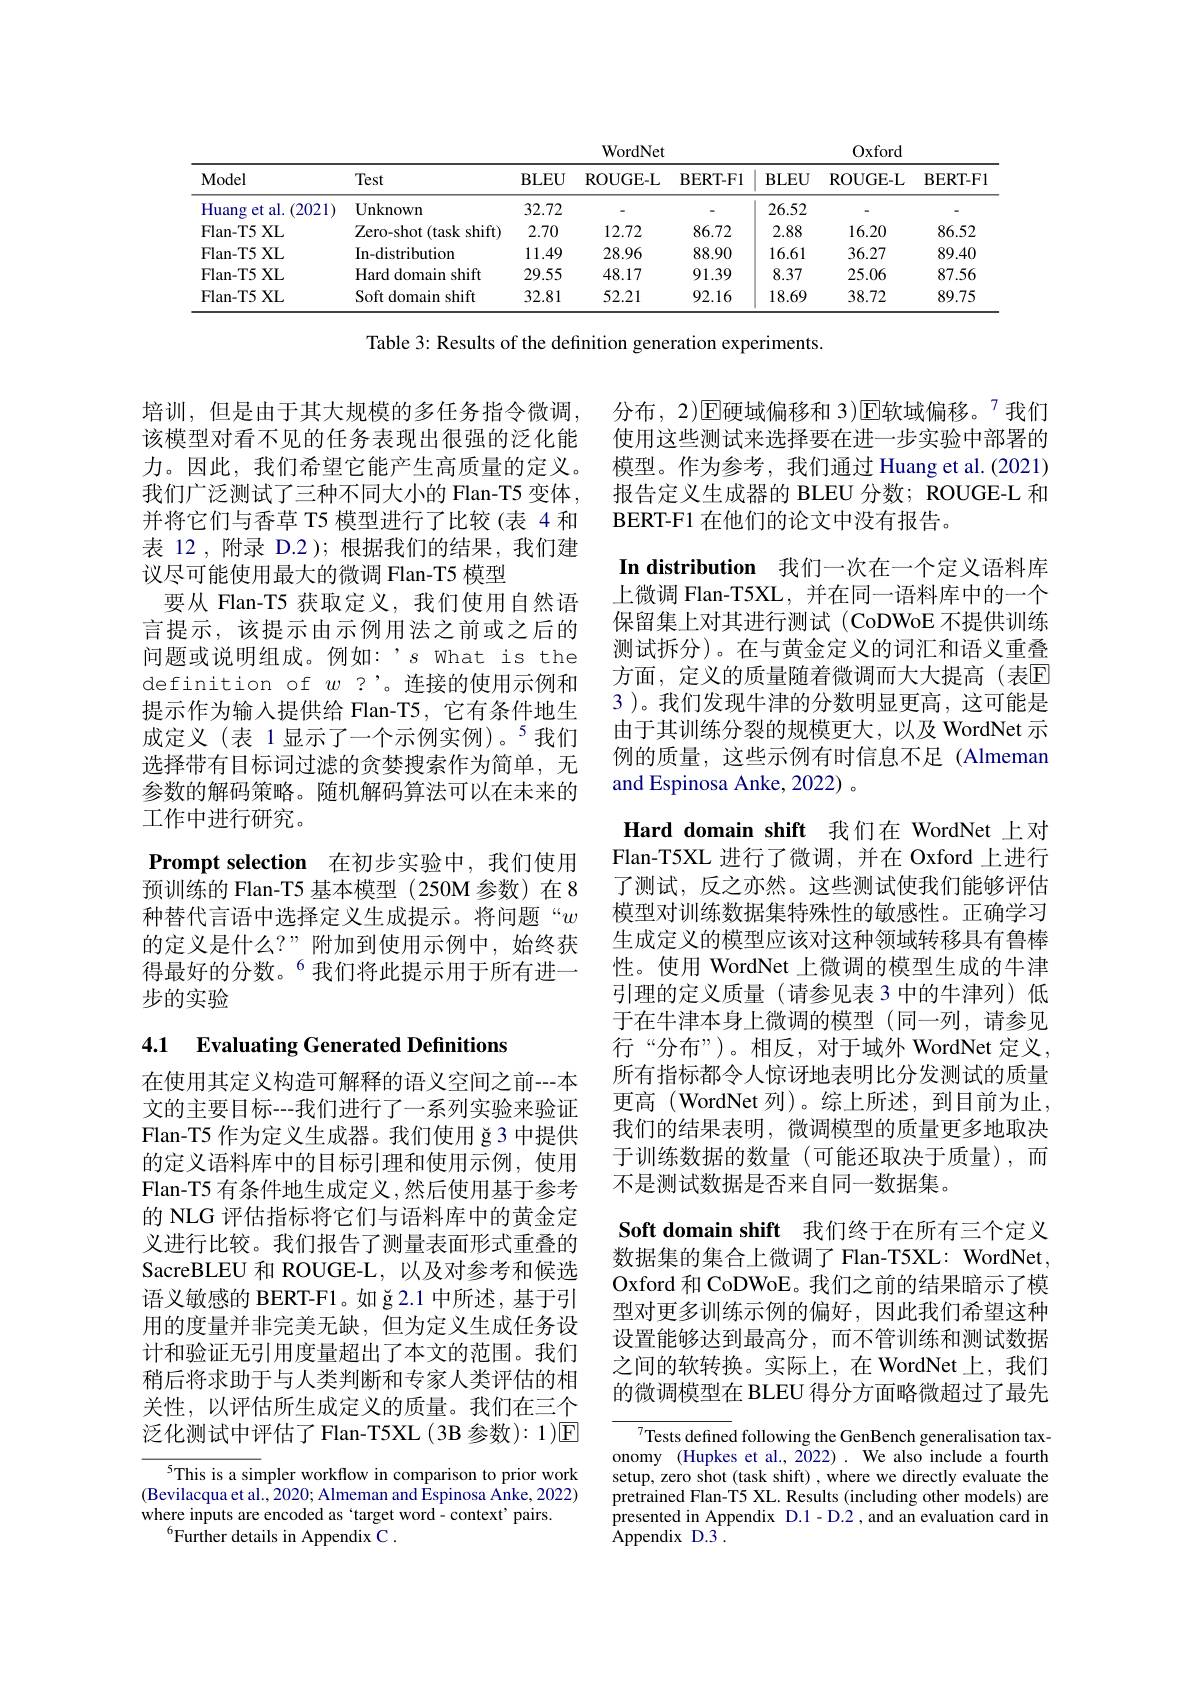
<table>
	<tbody>
		<tr>
			<th rowspan="2">Model</th>
			<th rowspan="2">Test</th>
			<th colspan="3">WordNet</th>
			<th colspan="3">$0xford$</th>
		</tr>
		<tr>
			<th>BLEU</th>
			<th>ROUGE- L</th>
			<th>BERT- F1</th>
			<th>$\mathbf{BLEU}$</th>
			<th>ROUGE- L</th>
			<th>BERT- F1</th>
		</tr>
		<tr>
			<td>Huang $et$ al.(2021)</td>
			<td>${\mathrm{Unknown}}$</td>
			<td>32.72</td>
			<td> </td>
			<td> </td>
			<td>26.52</td>
			<td> </td>
			<td> </td>
		</tr>
		<tr>
			<td>Flan- T5 XL</td>
			<td>Zero-shot (task shift)</td>
			<td>2.70</td>
			<td>12.72</td>
			<td>86.72</td>
			<td>2.88</td>
			<td>16.20</td>
			<td>86.52</td>
		</tr>
		<tr>
			<td>Flan- T5 XL</td>
			<td>In-distribution</td>
			<td>11.49</td>
			<td>28.96</td>
			<td>88.90</td>
			<td>16.61</td>
			<td>36.27</td>
			<td>89.40</td>
		</tr>
		<tr>
			<td>Flan- T5 XL</td>
			<td>Hard domain shift</td>
			<td>29.55</td>
			<td>48.17</td>
			<td>91.39</td>
			<td>8.37</td>
			<td>25.06</td>
			<td>87.56</td>
		</tr>
		<tr>
			<td>Flan- T5 XL</td>
			<td>Soft domain shift</td>
			<td>32.81</td>
			<td>52.21</td>
			<td>92.16</td>
			<td>18.69</td>
			<td>38.72</td>
			<td>89.75</td>
		</tr>
	</tbody>
</table>

Table 3: Results of the definition generation experiments.

培训，但是由于其大规模的多任务指令微调， 该模型对看不见的任务表现出很强的泛化能力。因此，我们希望它能产生高质量的定义。我们广泛测试了三种不同大小的 Flan-T5 变体， 并将它们与香草 T5 模型进行了比较(表 4 和表 12 ,附录 D.2 );根据我们的结果，我们建议尽可能使用最大的微调 Flan-T5 模型
要从 Flan-T5 获取定义，我们使用自然语言提示，该提示由示例用法之前或之后的问题或说明组成。例如：’s What is the definition of $w$ ?'。连接的使用示例和提示作为输入提供给 Flan-T5, 它有条件地生成定义(表 1显示了一个示例实例)。$^5$我们选择带有目标词过滤的贪婪搜索作为简单，无参数的解码策略。随机解码算法可以在未来的工作中进行研究。
Prompt selection 在初步实验中，我们使用预训练的 Flan-T5 基本模型 (250M 参数)在8种替代言语中选择定义生成提示。将问题“w 的定义是什么？”附加到使用示例中，始终获得最好的分数。$^{6}$我们将此提示用于所有进一步的实验

分布，2)$\operatorname{E}$硬域偏移和 3)$\operatorname{E}$软域偏移。$^{7}$我们使用这些测试来选择要在进一步实验中部署的模型。作为参考，我们通过 Huang et al.(2021) 报告定义生成器的 BLEU 分数；ROUGE-L 和BERT-F1 在他们的论文中没有报告。
In distribution 我们一次在一个定义语料库上微调 Flan-T5XL,并在同一语料库中的一个保留集上对其进行测试(CoDWoE 不提供训练测试拆分)。在与黄金定义的词汇和语义重叠方面，定义的质量随着微调而大大提高(表$\overline{\mathrm{E}}$ 3 )。我们发现牛津的分数明显更高，这可能是由于其训练分裂的规模更大，以及 WordNet 示例的质量，这些示例有时信息不足(Almeman and Espinosa Anke, 2022) 。
Hard domain shift 我们在 WordNet 上对Flan-T5XL 进行了微调，并在 Oxford 上进行了测试，反之亦然。这些测试使我们能够评估模型对训练数据集特殊性的敏感性。正确学习生成定义的模型应该对这种领域转移具有鲁棒性。使用 WordNet 上微调的模型生成的牛津引理的定义质量(请参见表 3 中的牛津列)低于在牛津本身上微调的模型(同一列，请参见行“分布”)。相反，对于域外 WordNet 定义， 所有指标都令人惊讶地表明比分发测试的质量更高 (WordNet 列)。综上所述，到目前为止， 我们的结果表明，微调模型的质量更多地取决于训练数据的数量(可能还取决于质量),而不是测试数据是否来自同一数据集。
Soft domain shift 我们终于在所有三个定义数据集的集合上微调了 Flan-T5XL: WordNet, Oxford 和 CoDWoE。我们之前的结果暗示了模型对更多训练示例的偏好，因此我们希望这种设置能够达到最高分，而不管训练和测试数据之间的软转换。实际上，在 WordNet 上，我们的微调模型在 BLEU 得分方面略微超过了最先
${\sqrt{7}\text{Tests defined following the GenBench generalisation tax-}}$ onomy (Hupkes et al., 2022) . We also include a fourth setup, zero shot (task shift) , where we directly evaluate the pretrained Flan-T5 XL. Results (including other models) are presented in Appendix D.1-D.2, and an evaluation card in

# 4.1 Evaluating Generated Definitions

在使用其定义构造可解释的语义空间之前---本文的主要目标---我们进行了一系列实验来验证Flan-T5 作为定义生成器。我们使用 ğ3 中提供的定义语料库中的目标引理和使用示例，使用Flan-T5 有条件地生成定义 ,然后使用基于参考的 NLG 评估指标将它们与语料库中的黄金定义进行比较。我们报告了测量表面形式重叠的SacreBLEU 和 ROUGE-L,以及对参考和候选语义敏感的 BERT-F1。如 ğ 2.1 中所述，基于引用的度量并非完美无缺，但为定义生成任务设计和验证无引用度量超出了本文的范围。我们稍后将求助于与人类判断和专家人类评估的相关性，以评估所生成定义的质量。我们在三个泛化测试中评估了 Flan-T5XL (3B 参数): 1 )☑

Appendix D.3 .

5This is a simpler workflow in comparison to prior work (Bevilacqua et al., 2020; Almeman and Espinosa Anke, 2022) where inputs are encoded as `target word- context' pairs.
$^{6}$Further details in Appendix C.